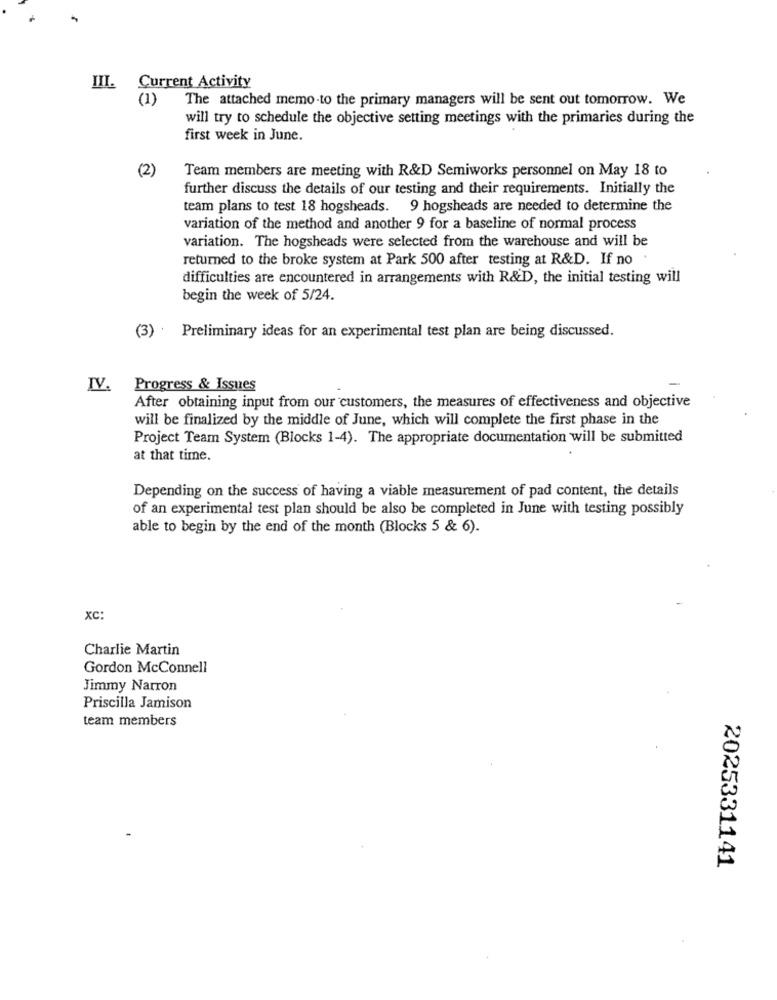
III. Current Activity
(1)
The attached memo-to the primary managers will be sent out tomorrow. We
will try to schedule the objective setting meetings with the primaries during the
first week in June.
(2)
Team members are meeting with R&D Semiworks personnel on May 18 to
further discuss the details of our testing and their requirements. Initially the
team plans to test 18 hogsheads. 9 hogsheads are needed to determine the
variation of the method and another 9 for a baseline of normal process
variation. The hogsheads were selected from the warehouse and will be
returned to the broke system at Park 500 after testing at R&D. If no
difficulties are encountered in arrangements with R&D, the initial testing will
begin the week of 5/24.
(3) .
Preliminary ideas for an experimental test plan are being discussed.
IV.
Progress & Issues
After obtaining input from our customers, the measures of effectiveness and objective
will be finalized by the middle of June, which will complete the first phase in the
Project Team System (Blocks 1-4). The appropriate documentation will be submitted
at that time.
Depending on the success of having a viable measurement of pad content, the details
of an experimental test plan should be also be completed in June with testing possibly
able to begin by the end of the month (Blocks 5 & 6).
XC
Charlie Martin
Gordon McConnell
Jimmy Narron
Priscilla Jamison
team members
2025331141